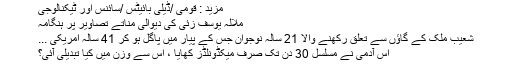
مزید : قومی /ڈیلی بائیٹس /سائنس اور ٹیکنالوجی
ملالہ یوسف زئی کی دیوالی مناتے تصاویر پر ہنگامہ
شعیب ملک کے گاﺅں سے تعلق رکھنے والا 21 سالہ نوجوان جس کے پیار میں پاگل ہو کر 41 سالہ امریکی ...
اس آدمی نے مسلسل 30 دن تک صرف میکڈونلڈز کھایا ، اس سے وزن میں کیا تبدیلی آئی؟